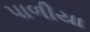
પાળીયા